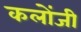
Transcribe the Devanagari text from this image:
कलोंजी